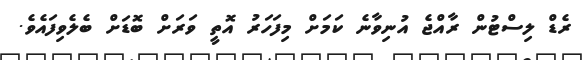
ރެޑް ލިސްޓުން ރާއްޖެ އުނިވާނެ ކަމަށް މިފަހަރު އޮތީ ވަރަށް ބޮޑަށް ބެލެވިފައެވެ.